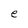
Character: e